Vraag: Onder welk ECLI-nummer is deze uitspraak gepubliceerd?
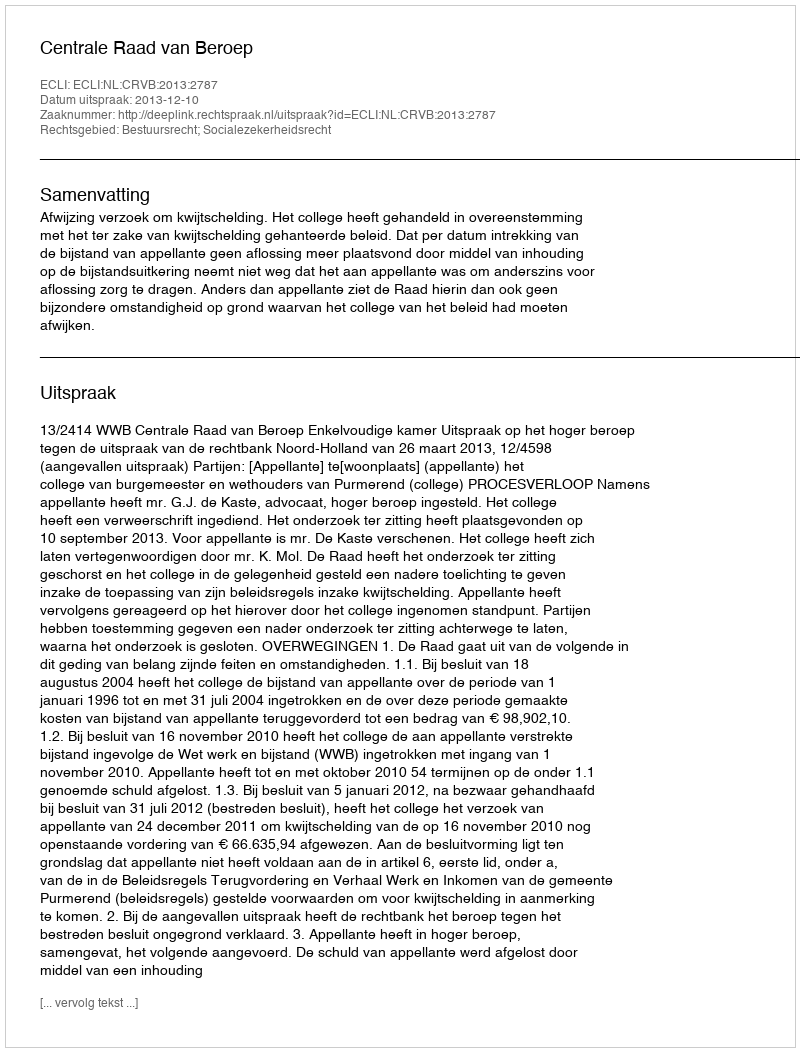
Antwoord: ECLI:NL:CRVB:2013:2787